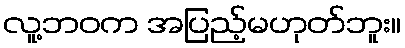
လူ့ဘဝက အပြည့်မဟုတ်ဘူး။